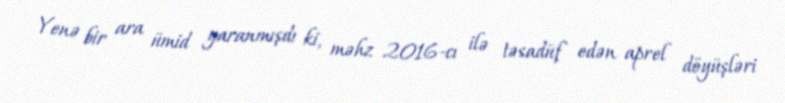
Yenə bir ara ümid yaranmışdı ki, məhz 2016-cı ilə təsadüf edən aprel döyüşləri